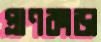
প্রাণকাড়া